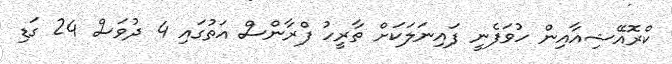
ކްރޮއޭޝިއާއިން ހުވަފެނީ ފައިނަލަކަށް ތާރީހު ފްރާންސް އަތުގައި 4 ދުވަސް 24 ގަޑި